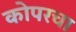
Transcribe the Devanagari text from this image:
कोपरचा